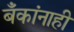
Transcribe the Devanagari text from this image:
बँकांनाही